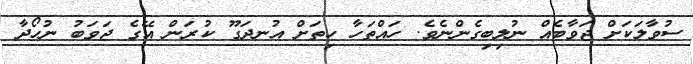
ސުވާލަކަށް ޖަވާބެއް ނުލިބިގެންނެވެ. ހައްތަހާ ހިތަށް އުނދަގޫ ކުރަން އޭގެ ޖަވަބު ނުހޯދާ